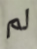
لم